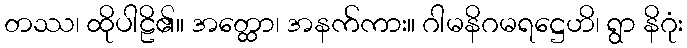
တဿ၊ ထိုပါဠိ၏။ အတ္ထော၊ အနက်ကား။ ဂါမနိဂမရဋ္ဌေဟိ၊ ရွာ နိဂုံး